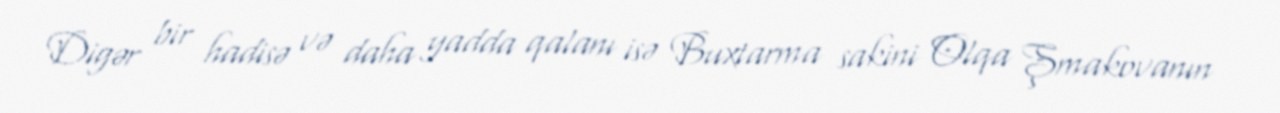
Digər bir hadisə və daha yadda qalanı isə Buxtarma sakini Olqa Şmakovanın